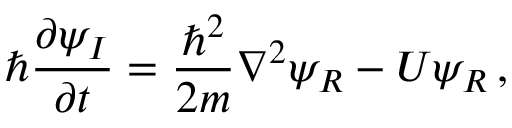
\hbar \frac { \partial \psi _ { I } } { \partial t } = \frac { \hbar ^ { 2 } } { 2 m } \nabla ^ { 2 } \psi _ { R } - U \psi _ { R } \, ,